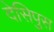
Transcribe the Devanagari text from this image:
देसिपुस